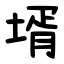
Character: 壻